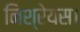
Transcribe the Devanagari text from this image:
निश्रेयस।